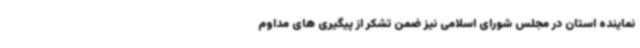
نماینده استان در مجلس شورای اسلامی نیز ضمن تشکر از پیگیری های مداوم